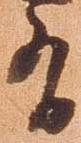
有